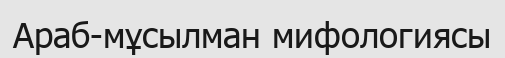
Араб-мұсылман мифологиясы